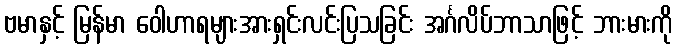
ဗမာနှင့် မြန်မာ ဝေါဟာရများအားရှင်းလင်းပြသခြင်း အင်္ဂလိပ်ဘာသာဖြင့် ဘားမားကို